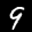
Label: 9